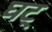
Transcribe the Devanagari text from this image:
घट्